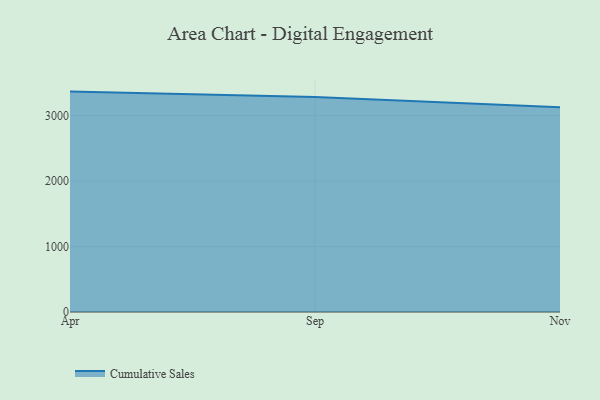
{"axis": {"x": "Month", "y": "Active Users"}, "legend": ["Cumulative Sales"], "data": [{"x": "Apr", "y": 3367.5, "type": "Cumulative Sales"}, {"x": "Sep", "y": 3285.0, "type": "Cumulative Sales"}, {"x": "Nov", "y": 3129.3, "type": "Cumulative Sales"}]}